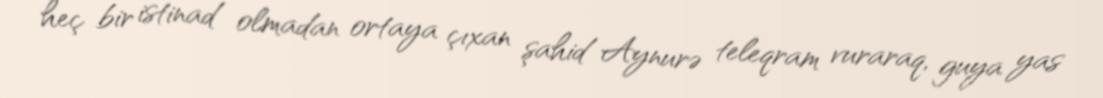
heç bir istinad olmadan ortaya çıxan şahid Aynurə teleqram vuraraq, guya yas